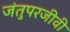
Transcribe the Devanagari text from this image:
जंतुपरजीवी